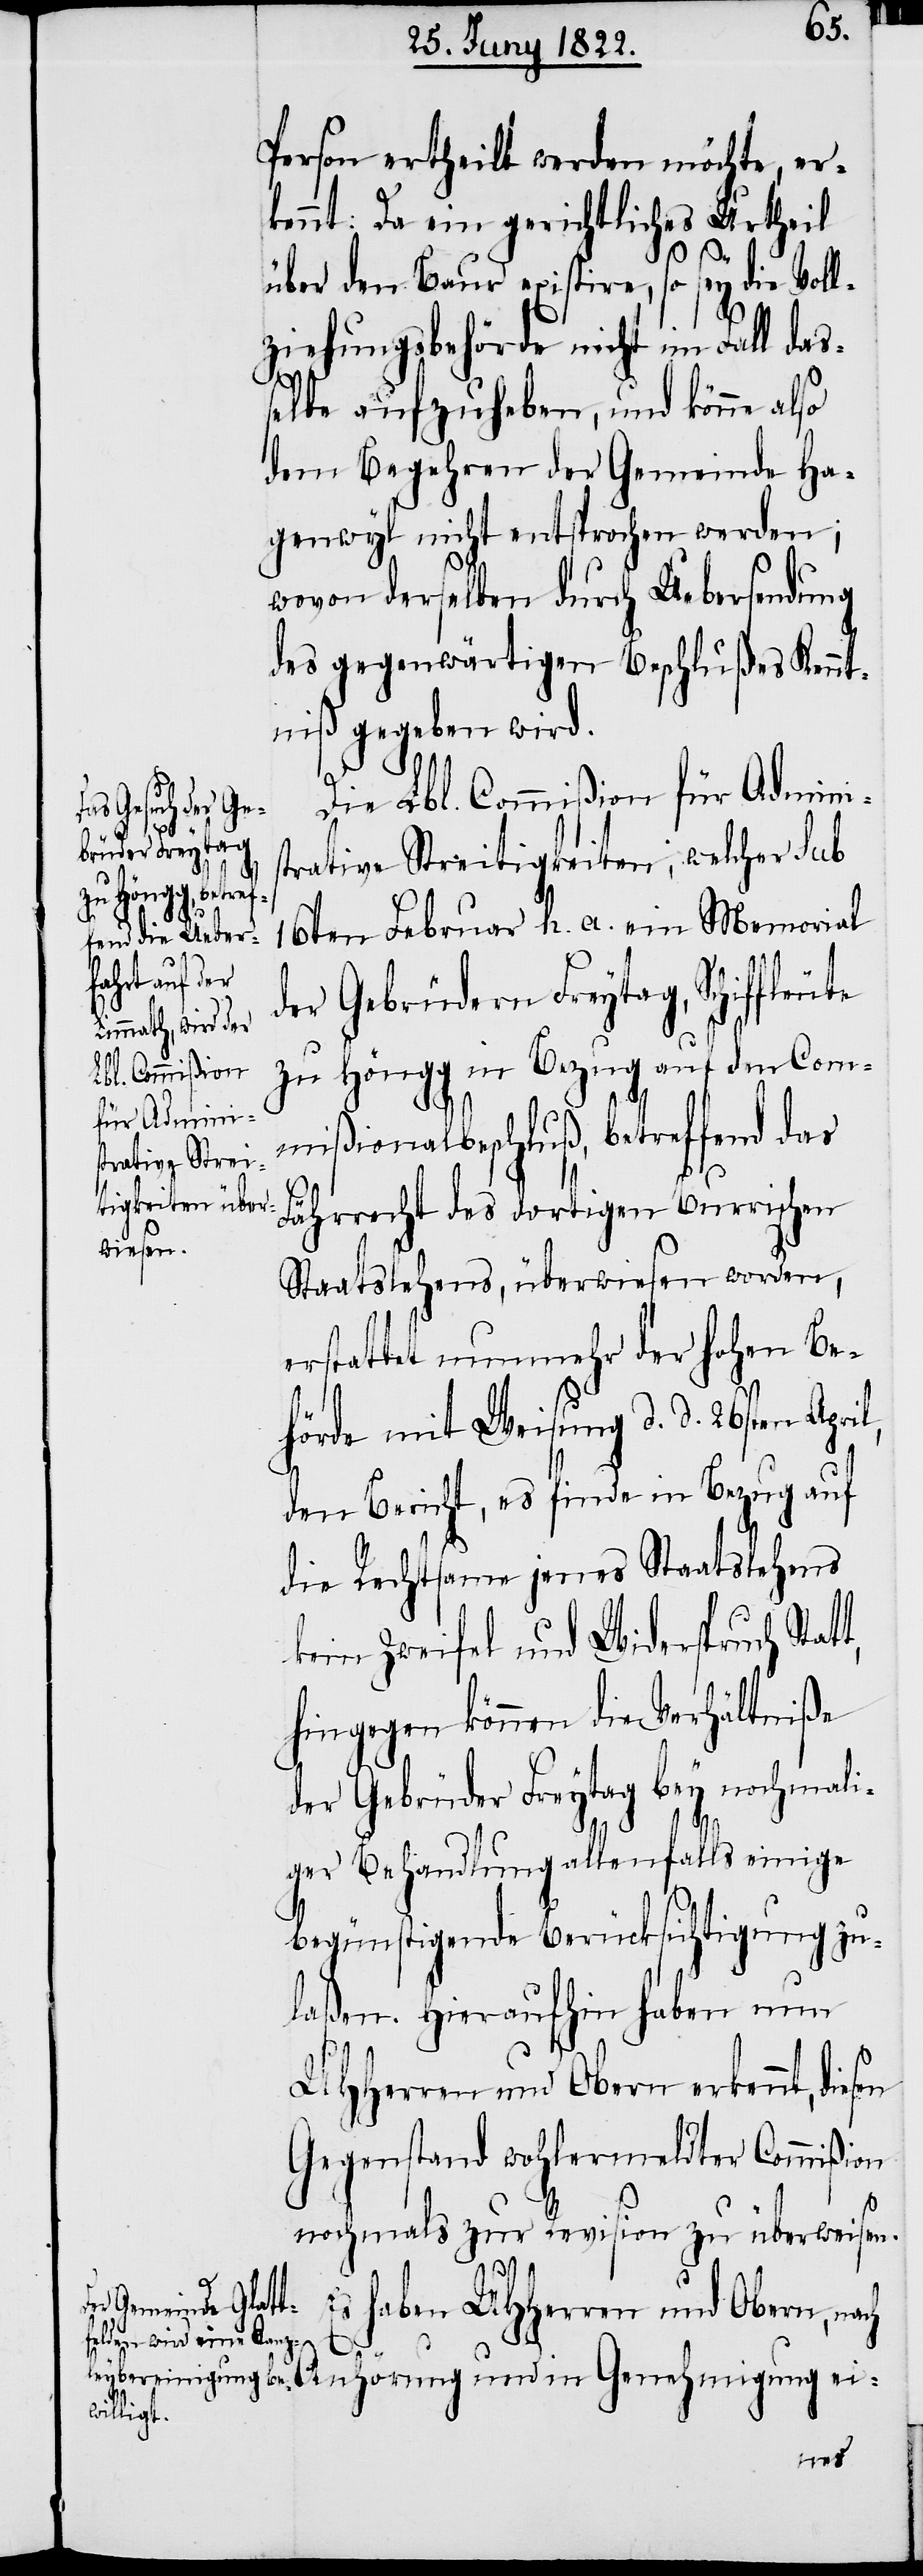
Person ertheilt werden möchte, er¬
kennt: Da ein gerichtliches Urtheil
über den Baur existiere, so sey die Voll¬
ziehungsbehörde nicht im Fall das¬
selbe aufzuheben, und könne also
dem Begehren der Gemeinde Ha¬
genwyl nicht entsprochen werden;
wovon derselben durch Uebersendung
des gegenwärtigen Beschlußes Kennt¬
niß gegeben wird.
Die Lbl. Commißion für Admini¬
sen
trative Streitigkeiten, welcher Sub
16ten Februar h. a. ein Memorial
der Gebrüder Freytag, Schiffle¬
zu Höngg in Bezug auf den Com¬
mißionalbeschluß, betreffend das
Fährrecht des dortigen Burrischen
Staaatslehens, überwiesen worden;
erstattet nunmehr der Hohen Be¬
hörde mit Weisung d. d. 26sten Apr¬
den Bericht, es finde in Bezug auf
die Rechtsame jenes Staatslehens
kein Zweifel und Widerspruch Stat¬
hingegen können die Verhältniße
der Gebrüder Freytag bey nochmali¬
ger Behandlung allenfalls einige
begünstigende Berücksichtigung zu¬
laßen. Hieraufhin haben nun
UHHerren und Obern erkennt, die¬
Gegenstand wohlermeldter Commißion
nochmals zur Revision zu überweisen.
Es haben UHHerren und Obern, nach

in